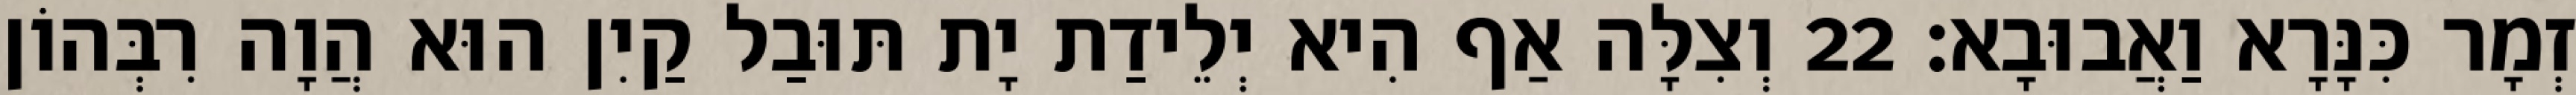
זְמָר כִּנָּרָא וַאֲבוּבָא׃ 22 וְצִלָּה אַף הִיא יְלֵידַת יָת תּוּבַל קַיִן הוּא הֲוָה רִבְּהוֹן